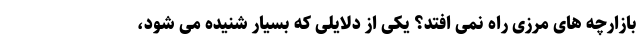
بازارچه های مرزی راه نمی افتد؟ یکی از دلایلی که بسیار شنیده می شود،